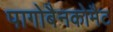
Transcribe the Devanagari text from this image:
पागोबैनकोमैट